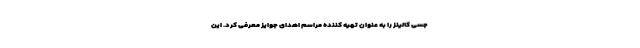
جسی کالینز را به عنوان تهیه کننده مراسم اهدای جوایز معرفی کرد. این